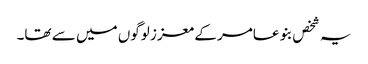
یہ شخص بنو عامر کے معزز لوگوں میں سے تھا۔